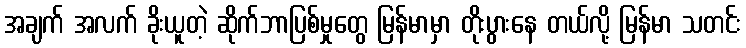
အချက် အလက် ခိုးယူတဲ့ ဆိုက်ဘာပြစ်မှုတွေ မြန်မာမှာ တိုးပွားနေ တယ်လို့ မြန်မာ သတင်း